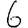
Digit: 6